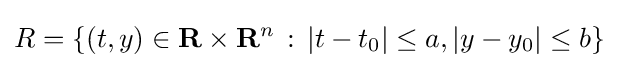
R=\{(t,y)\in \mathbf {R} \times \mathbf {R} ^{n}\,:\,|t-t_{0}|\leq a,|y-y_{0}|\leq b\}